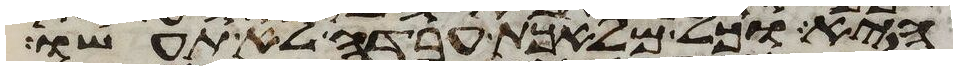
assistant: היא וכל מלאכת עבדה לא תעשו